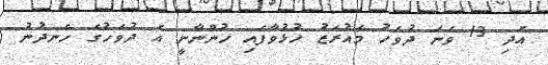
އަދި 13 ވަނަ ދުވަހު މައުރަޒު ހުޅުވާފައި ހުންނާނީ އެ ދުވަހުގެ ހެނދުނު